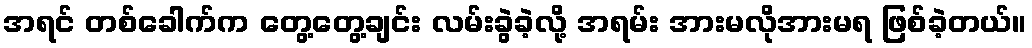
အရင် တစ်ခေါက်က တွေ့တွေ့ချင်း လမ်းခွဲခဲ့လို့ အရမ်း အားမလိုအားမရ ဖြစ်ခဲ့တယ်။